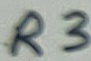
Text: R3